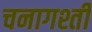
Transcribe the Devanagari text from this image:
चनागश्ती